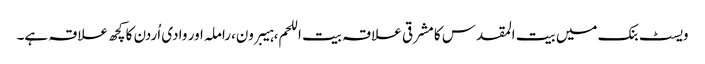
ویسٹ بنک میں بیت المقدس کا مشرقی علاقہ بیت اللحم،ہیبرون،راملہ اور وادی اُردن کا کچھ علاقہ ہے۔